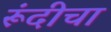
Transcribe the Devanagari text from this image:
रूंदीचा